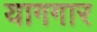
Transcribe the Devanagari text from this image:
यागगार